Scottish Certificate of Education, 1962
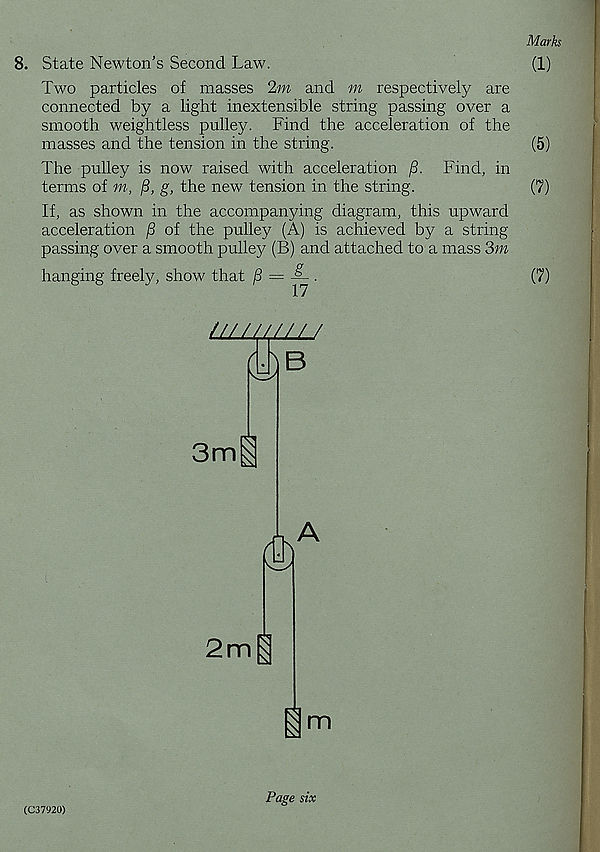
Marks
8. State Newton’s Second Law.
(1)
Two particles of masses 2m and m respectively are
connected by a light inextensible string passing over a
smooth weightless pulley. Find the acceleration of the
masses and the tension in the string.
(5)
The pulley is now raised with acceleration /3. Find, in
terms of m, /3, g, the new tension in the string.
(7)
If, as shown in the accompanying diagram, this upward
acceleration
of the pulley (A) is achieved by a string
passing over a smooth pulley (B) and attached to a mass 3m
hanging freely, show that
.
(7)
17
//////////
3m
2m
m
(C37920)
Page six